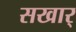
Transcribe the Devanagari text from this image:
सखार्